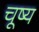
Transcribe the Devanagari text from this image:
चूष्य